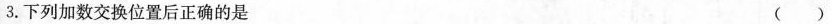
3.下列加数交换位置后正确的是 ()